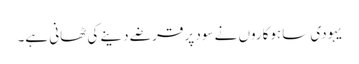
یہودی ساہوکاروں نے سود پر قرضے دینے کی ٹھانی ہے۔